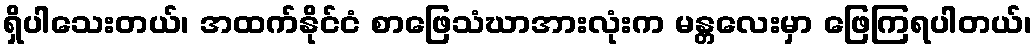
ရှိပါသေးတယ်၊ အထက်နိုင်ငံ စာဖြေသံဃာအားလုံးက မန္တလေးမှာ ဖြေကြရပါတယ်၊